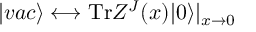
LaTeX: | v a c \rangle \longleftrightarrow \mathrm { T r } Z ^ { J } ( x ) | 0 \rangle | _ { x \to 0 }